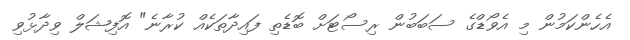
އެހެންކަމުން މި އެވޯޑްގެ ސަބަބުން ރިސޯޓަށް ބޮޑެތި ފައިދާތަކެއް ކުރާނެ" އޮފިޝަލް ވިދާޅުވި